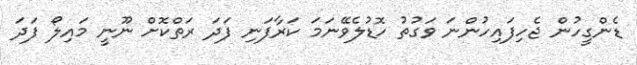
ޑެންގީހުން ޖެހިފައިހުންނަ ވަގުތު ހޮޑުލެވޭނަމަ ކަރާފަނި ފަދަ ރަތްކޮށް ނޫނީ މައިލޯ ފަދަ